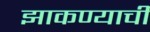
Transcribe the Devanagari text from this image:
झाकण्याची